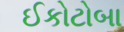
ઈકોટોબા